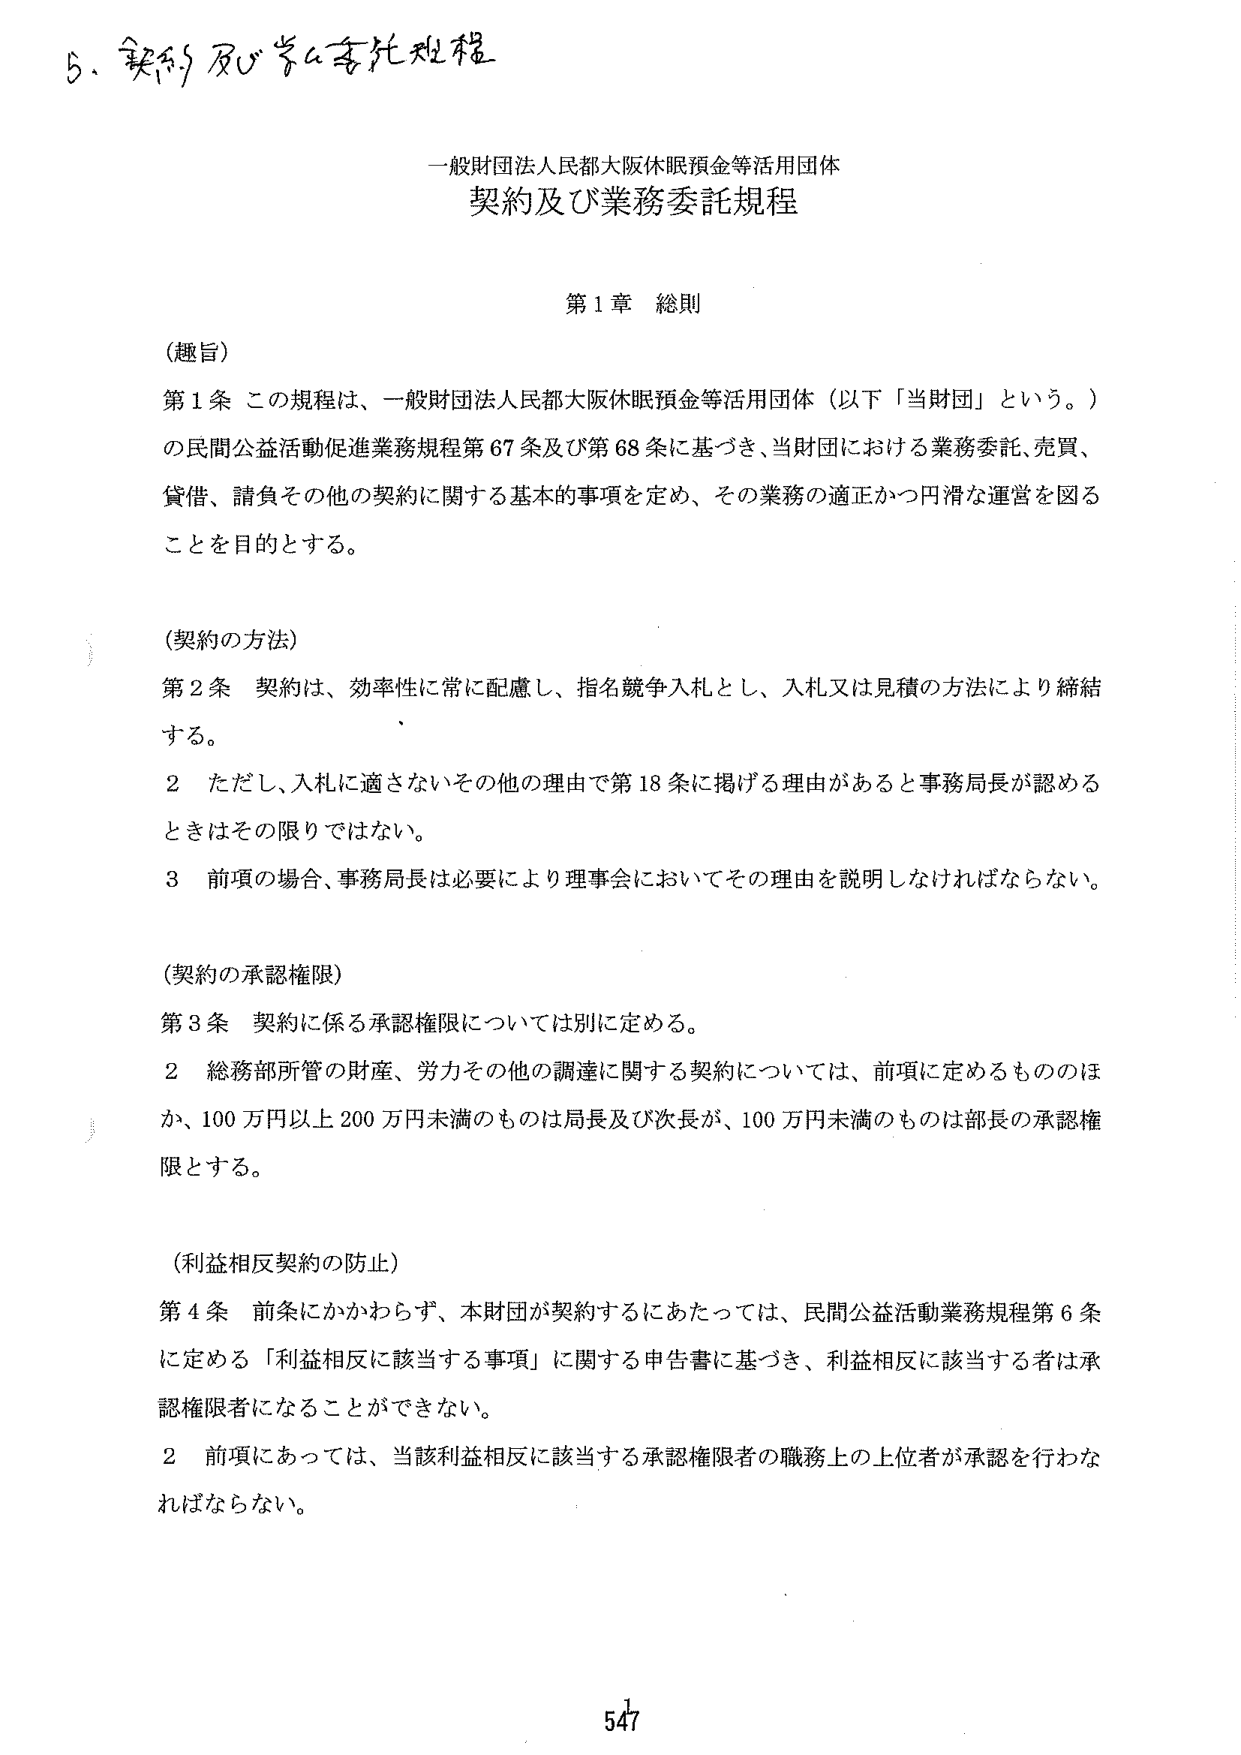
5. 契約及び業務委託規程

一般財団法人民都大阪休眠預金等活用団体
契約及び業務委託規程

第1章 総則

（趣旨）
第1条 この規程は、一般財団法人民都大阪休眠預金等活用団体（以下「当財団」という。）
の民間公益活動促進業務規程第67条及び第68条に基づき、当財団における業務委託、売買、
貸借、請負その他の契約に関する基本的事項を定め、その業務の適正かつ円滑な運営を図る
ことを目的とする。

（契約の方法）
第2条 契約は、効率性に常に配慮し、指名競争入札とし、入札又は見積の方法により締結
する。
2 ただし、入札に適さないその他の理由で第18条に掲げる理由があると事務局長が認める
ときはその限りではない。
3 前項の場合、事務局長は必要により理事会においてその理由を説明しなければならない。

（契約の承認権限）
第3条 契約に係る承認権限については別に定める。
2 総務部所管の財産、労力その他の調達に関する契約については、前項に定めるもののほ
か、100万円以上200万円未満のものは局長及び次長が、100万円未満のものは部長の承認権
限とする。

（利益相反契約の防止）
第4条 前条にかかわらず、本財団が契約するにあたっては、民間公益活動業務規程第6条
に定める「利益相反に該当する事項」に関する申告書に基づき、利益相反に該当する者は承
認権限者になることができない。
2 前項にあっては、当該利益相反に該当する承認権限者の職務上の上位者が承認を行わな
ければならない。

547